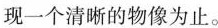
现一个清晰的物像为止。